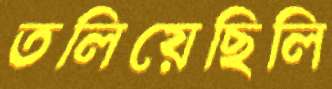
তলিয়েছিলি